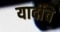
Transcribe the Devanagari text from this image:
यादीचे